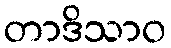
တာဒိသာဝ